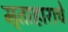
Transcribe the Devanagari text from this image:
मृताहाराचे